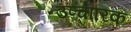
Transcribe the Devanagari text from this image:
उप्चारिक